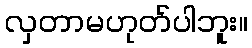
လှတာမဟုတ်ပါဘူး။